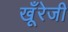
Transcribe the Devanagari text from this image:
खूँरेजी